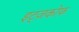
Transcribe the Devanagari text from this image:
इट्ज़कोफ